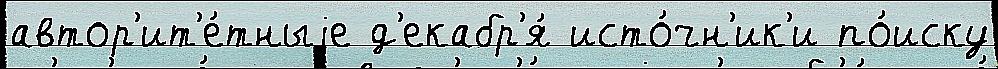
автор'ит'е́тныjе д'екабр'я́ исто́чн'ик'и по́иску